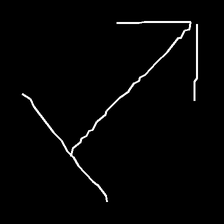
Glyph: levitation